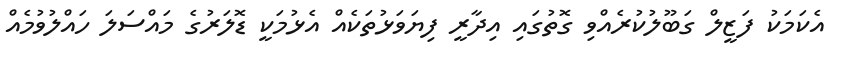
އެކަމަކު ފަޒީލް ގަބޫލުކުރެއްވި ގޮތުގައި އިދާރީ ފިޔަވަޅުތަކެއް އެޅުމަކީ ޑޮލަރުގެ މައްސަލަ ހައްލުވުމެއް